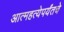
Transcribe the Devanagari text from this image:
आत्महत्येपर्यंतचे